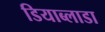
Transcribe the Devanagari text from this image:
डियाब्लाडा